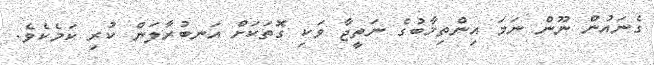
ގެނައުން ނޫން ނަމަ އިންތިޚާބުގެ ނަތީޖާ ވަކި ގޮތަކަށް އަނބުރާލަން ކުރި ކަމެކެވެ.